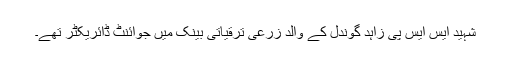
شہید ایس ایس پی زاہد گوندل کے والد زرعی ترقیاتی بینک میں جوائنٹ ڈائریکٹر تھے۔